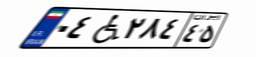
۰۴W۲۸۴۴۵